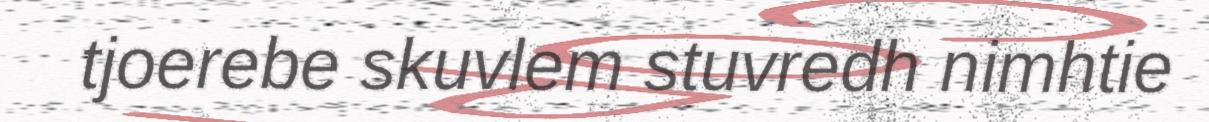
tjoerebe skuvlem stuvredh nimhtie